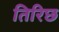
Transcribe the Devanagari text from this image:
तिरिछ